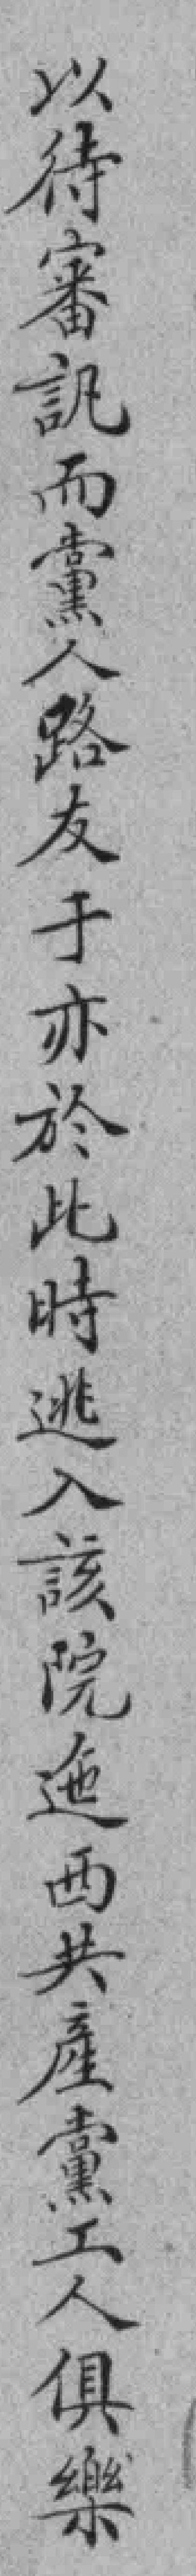
以待審訊而黨人路友于亦於此時逃入該院迤西共產黨工人俱樂